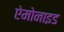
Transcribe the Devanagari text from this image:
ऐमोनाइड